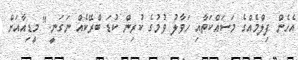
އެހެން ފިލްމެއްގެ މަސައްކަތާއި ހަވާލު ވުމުގެ ކުރިން ކުޑަ ބްރޭކެއް ނަގަނީ." މީޑިއާއަށް